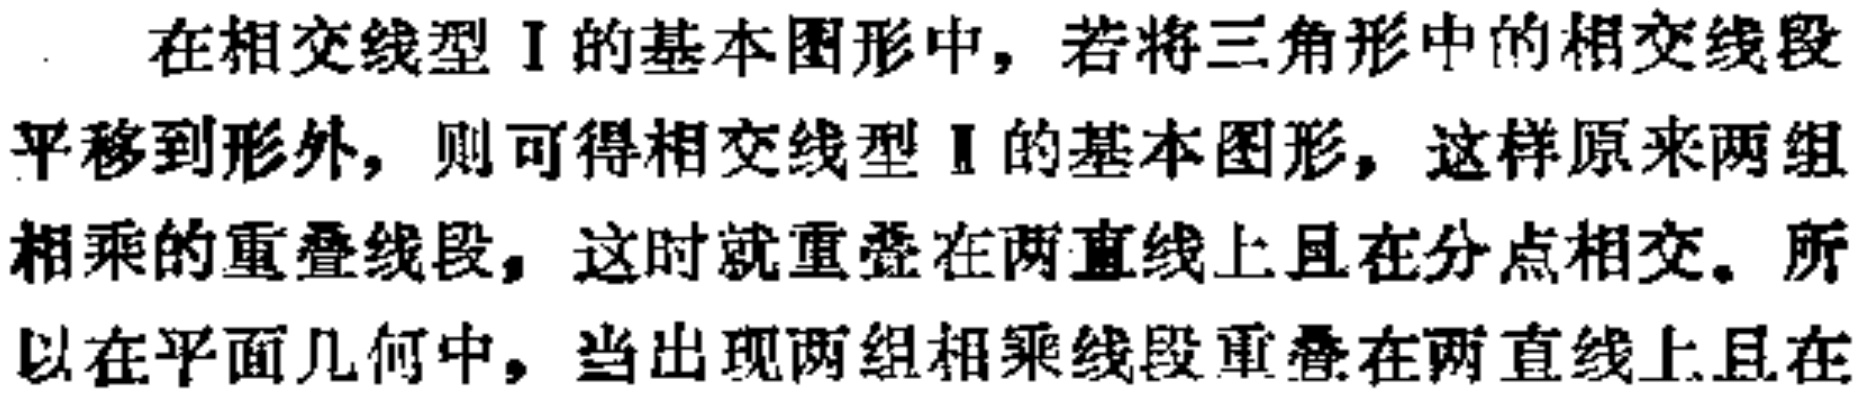
在相交线型 I 的基本图形中，若将三角形中的相交线段平移到形外，则可得相交线型 Ⅱ 的基本图形，这样原来两组相乘的重叠线段，这时就重叠在两直线上且在分点相交。所以在平面几何中，当出现两组相乘线段重叠在两直线上且在